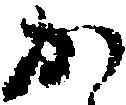
か